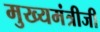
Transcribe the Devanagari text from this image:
मुख्यमंत्रीजी